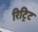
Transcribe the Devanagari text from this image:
रिट्रिट